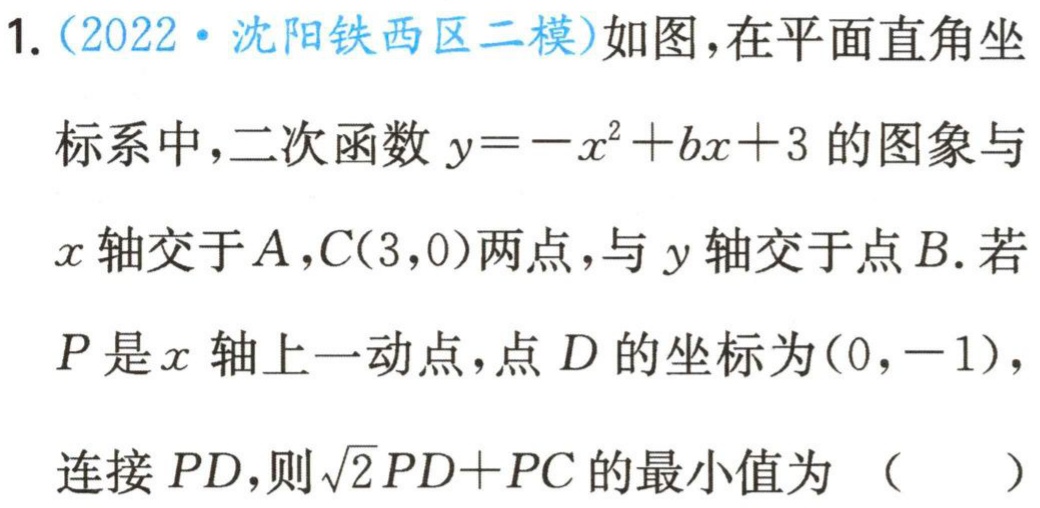
1.（2022·沈阳铁西区二模）如图，在平面直角坐标系中，二次函数\(y = -x^{2}+bx + 3\)的图象与\(x\)轴交于\(A,C(3,0)\)两点，与\(y\)轴交于点\(B\).若\(P\)是\(x\)轴上一动点，点\(D\)的坐标为\((0,-1)\)，连接\(PD\)，则\(\sqrt{2}PD + PC\)的最小值为 （  ）